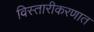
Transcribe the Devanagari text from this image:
विस्तारीकरणात